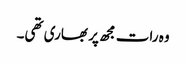
وہ رات مجھ پر بھاری تھی۔